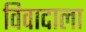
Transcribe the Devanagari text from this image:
विवादाला